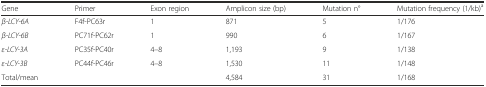
| Gene | Primer | Exon region | Amplicon size (bp) | Mutation n° | Mutation frequency (1/kb)a |
 | --- | --- | --- | --- | --- | --- |
 | β-LCY-6A | F4f-PC63r | 1 | 871 | 5 | 1/176 |
 | β-LCY-6B | PC71f-PC62r | 1 | 990 | 6 | 1/167 |
 | ε-LCY-3A | PC35f-PC40r | 4–8 | 1,193 | 9 | 1/138 |
 | ε-LCY-3B | PC44f-PC46r | 4–8 | 1,530 | 11 | 1/148 |
 | Total/mean |  |  | 4,584 | 31 | 1/168 |